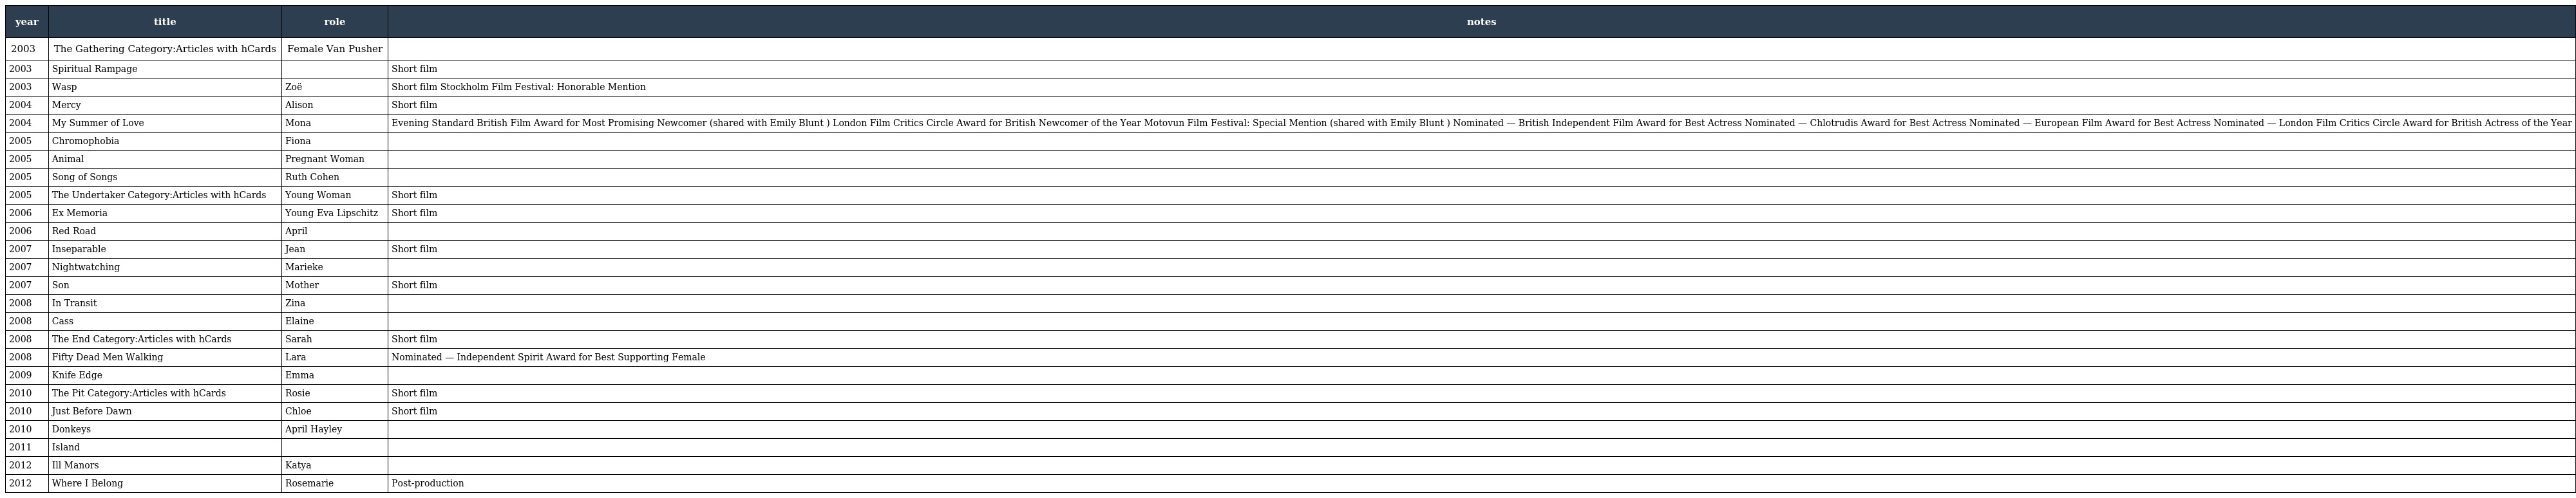
| year | title | role | notes |
 | --- | --- | --- | --- |
 | 2003 | The Gathering Category:Articles with hCards | Female Van Pusher |  |
 | 2003 | Spiritual Rampage |  | Short film |
 | 2003 | Wasp | Zoë | Short film Stockholm Film Festival: Honorable Mention |
 | 2004 | Mercy | Alison | Short film |
 | 2004 | My Summer of Love | Mona | Evening Standard British Film Award for Most Promising Newcomer (shared with Emily Blunt ) London Film Critics Circle Award for British Newcomer of the Year Motovun Film Festival: Special Mention (shared with Emily Blunt ) Nominated — British Independent Film Award for Best Actress Nominated — Chlotrudis Award for Best Actress Nominated — European Film Award for Best Actress Nominated — London Film Critics Circle Award for British Actress of the Year |
 | 2005 | Chromophobia | Fiona |  |
 | 2005 | Animal | Pregnant Woman |  |
 | 2005 | Song of Songs | Ruth Cohen |  |
 | 2005 | The Undertaker Category:Articles with hCards | Young Woman | Short film |
 | 2006 | Ex Memoria | Young Eva Lipschitz | Short film |
 | 2006 | Red Road | April |  |
 | 2007 | Inseparable | Jean | Short film |
 | 2007 | Nightwatching | Marieke |  |
 | 2007 | Son | Mother | Short film |
 | 2008 | In Transit | Zina |  |
 | 2008 | Cass | Elaine |  |
 | 2008 | The End Category:Articles with hCards | Sarah | Short film |
 | 2008 | Fifty Dead Men Walking | Lara | Nominated — Independent Spirit Award for Best Supporting Female |
 | 2009 | Knife Edge | Emma |  |
 | 2010 | The Pit Category:Articles with hCards | Rosie | Short film |
 | 2010 | Just Before Dawn | Chloe | Short film |
 | 2010 | Donkeys | April Hayley |  |
 | 2011 | Island |  |  |
 | 2012 | Ill Manors | Katya |  |
 | 2012 | Where I Belong | Rosemarie | Post-production |